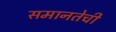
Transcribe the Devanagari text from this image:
समानतेची